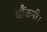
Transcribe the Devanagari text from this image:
धौंकनी।